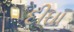
દીઘા